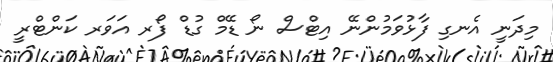
މިދަނީ އެނގި ފާޅުވަމުންނޭ އިޓްސް ނޯ ޑޭމް ގުޑް ފޯރ އަަވަރ ކަންޓްރީ